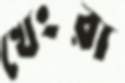
খেংরা